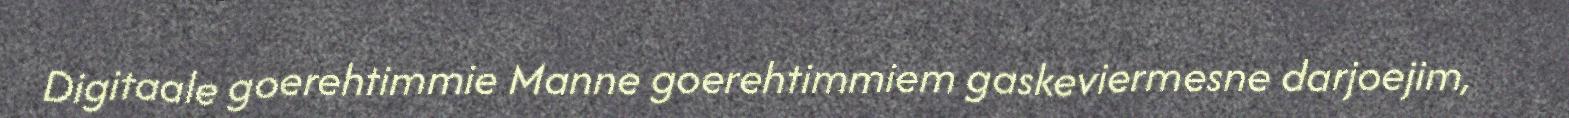
Digitaale goerehtimmie Manne goerehtimmiem gaskeviermesne darjoejim,